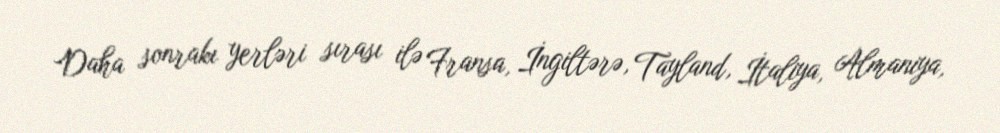
Daha sonrakı yerləri sırası ilə Fransa, İngiltərə, Tayland, İtaliya, Almaniya,